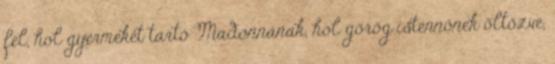
fel, hol gyermekét tartó Madonnának, hol görög istennőnek öltözve,